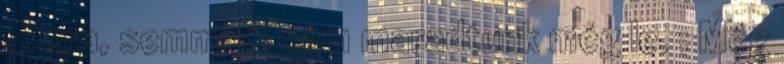
: Vera, semmiről sem maradtunk még le. ; Még